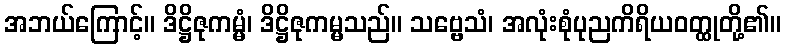
အဘယ်ကြောင့်။ ဒိဋ္ဌိဇုကမ္မံ၊ ဒိဋ္ဌိဇုကမ္မသည်။ သဗ္ဗေသံ၊ အလုံးစုံပုညကိရိယဝတ္ထုတို့၏။